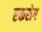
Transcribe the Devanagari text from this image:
रक्तरोग